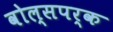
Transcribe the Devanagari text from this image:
वोल्सपर्क